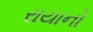
રાયાનો